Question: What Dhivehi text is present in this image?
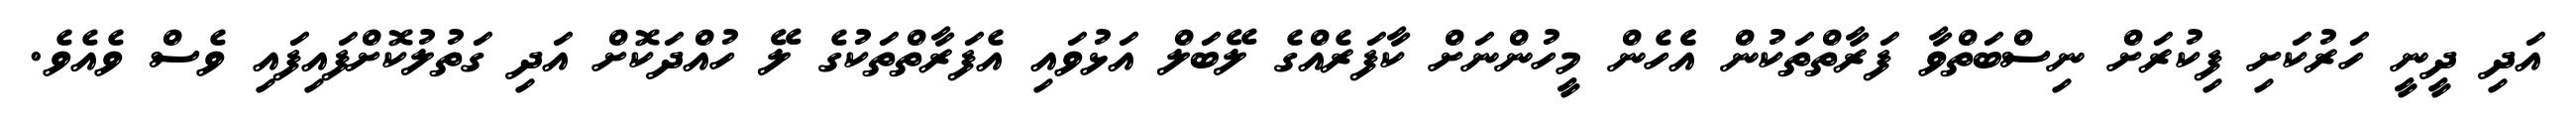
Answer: އަދި ދީނީ ހަރުކަށި ފިކުރަށް ނިސްބަތްވާ ފަރާތްތަކުން އެެހެން މީހުންނަށް ކާފަރެއްގެ ލޭބަލް އަޅުވައި އެފަރާތްތަކުގެ ލޭ ހުއްދަކޮށް އަދި ގަތުލުކޮށްފައިފައި ވެސް ވެއެވެ.